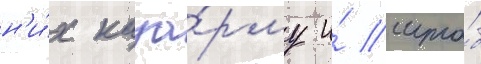
н'и́х каза́рму и́ шта́б